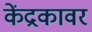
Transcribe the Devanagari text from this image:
केंद्रकावर